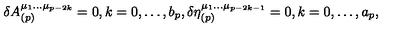
\delta A _ { ( p ) } ^ { \mu _ { 1 } \ldots \mu _ { p - 2 k } } = 0 , k = 0 , \ldots , b _ { p } , \delta \eta _ { ( p ) } ^ { \mu _ { 1 } \ldots \mu _ { p - 2 k - 1 } } = 0 , k = 0 , \ldots , a _ { p } ,